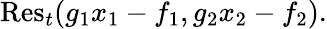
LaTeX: {\mathrm{Res}}_{t}(g_{1}x_{1}-f_{1},g_{2}x_{2}-f_{2}).